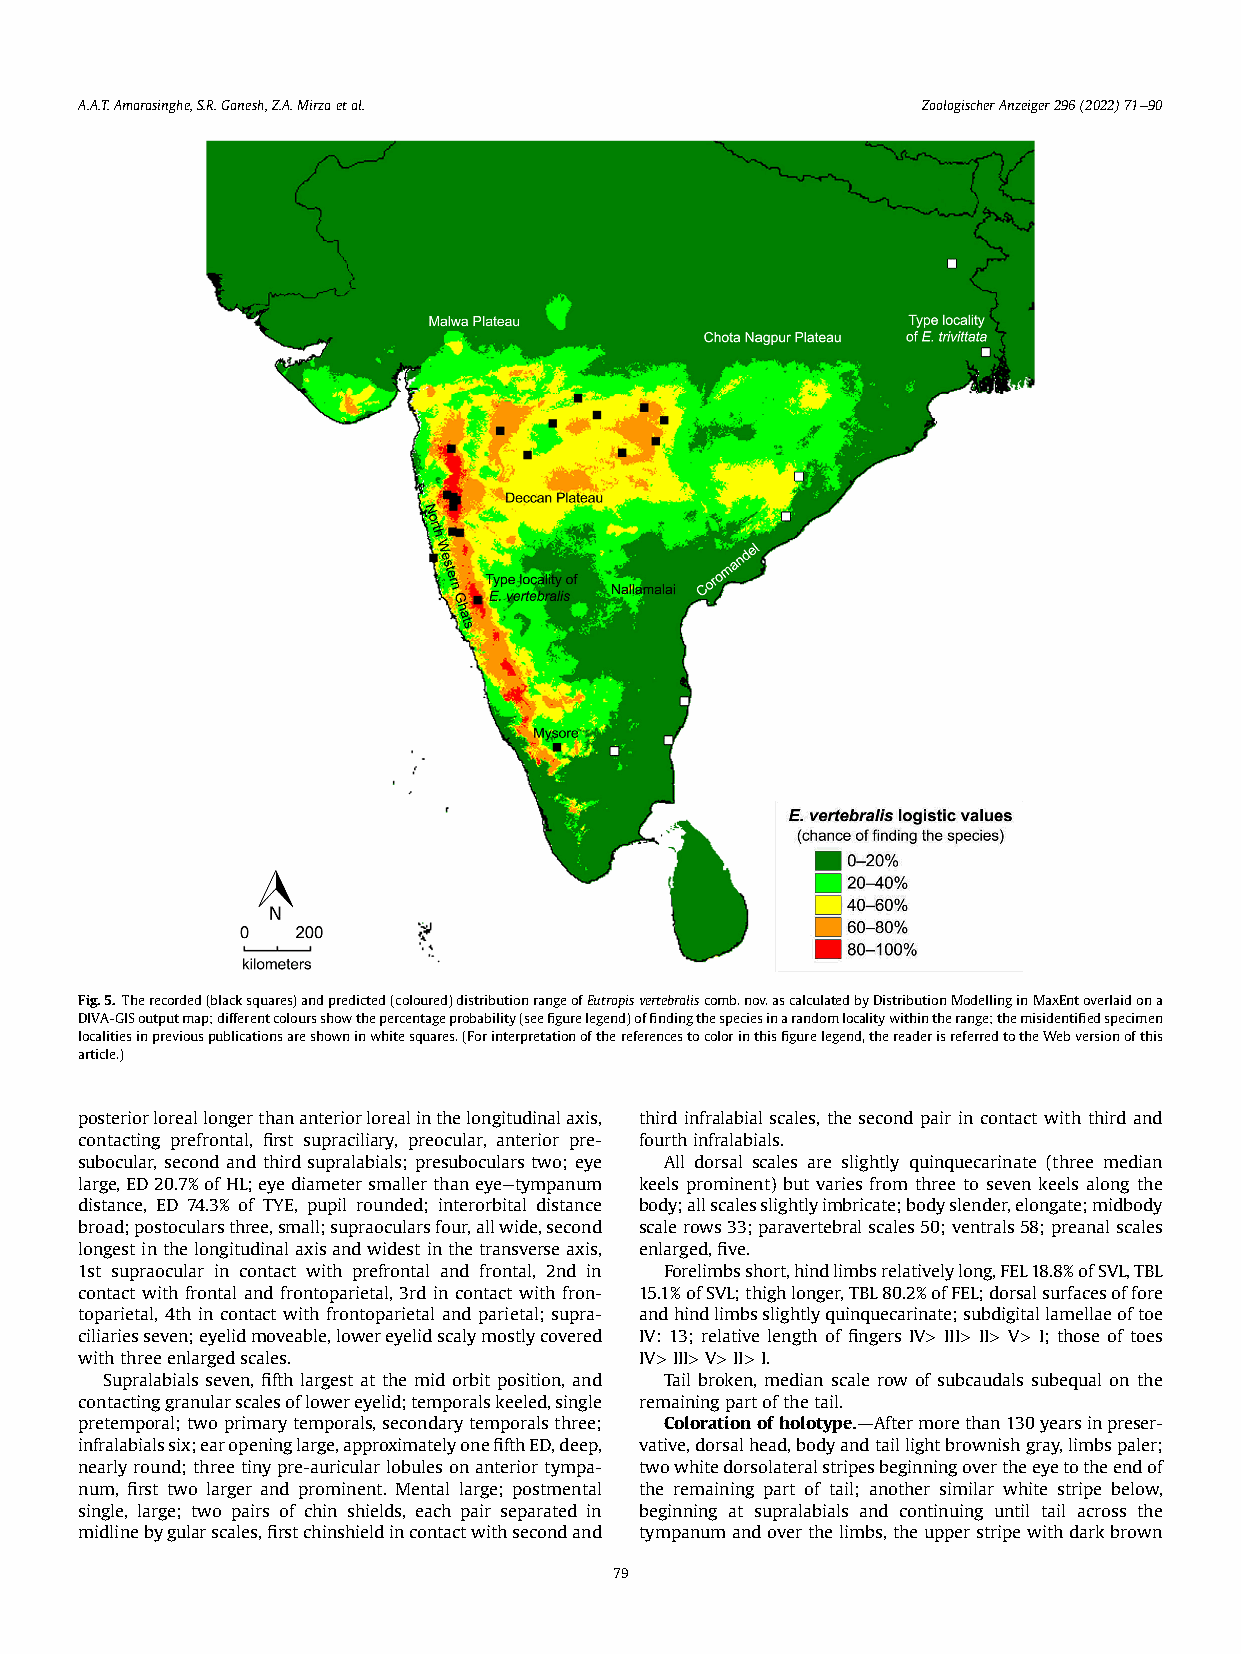
A.A.T.Amarasinghe,S.R.Ganesh,Z.A.Mirzaetal.             ZoologischerAnzeiger296(2022)71e90
 Fig.5. Therecorded(blacksquares)andpredicted(coloured)distributionrangeofEutropisvertebraliscomb.nov.ascalculatedbyDistributionModellinginMaxEntoverlaidona
 DIVA-GISoutputmap;differentcoloursshowthepercentageprobability(seefigurelegend)offindingthespeciesinarandomlocalitywithintherange;themisidentifiedspecimen
 localitiesinpreviouspublicationsareshowninwhitesquares.(Forinterpretationofthereferencestocolorinthisfigurelegend,thereaderisreferredtotheWebversionofthis
 article.)
 posteriorloreallongerthananteriorlorealinthelongitudinalaxis, third infralabial scales, the second pair in contact with third and
 contacting prefrontal, first supraciliary, preocular, anterior pre- fourthinfralabials.
 subocular, second and third supralabials; presuboculars two; eye All dorsal scales are slightly quinquecarinate (three median
 large,ED20.7%ofHL;eyediametersmallerthaneyeetympanum keels prominent) but varies from three to seven keels along the
 distance, ED 74.3% of TYE, pupil rounded; interorbital distance body;allscalesslightlyimbricate;bodyslender,elongate;midbody
 broad;postocularsthree,small;supraocularsfour,allwide,second scalerows33;paravertebralscales50;ventrals58;preanalscales
 longestinthelongitudinalaxisandwidestinthetransverseaxis, enlarged,five.
 1st supraocular in contact with prefrontal and frontal, 2nd in Forelimbsshort,hindlimbsrelativelylong,FEL18.8%ofSVL,TBL
 contact with frontal and frontoparietal, 3rd in contact with fron- 15.1%ofSVL;thighlonger,TBL80.2%ofFEL;dorsalsurfacesoffore
 toparietal, 4th in contact with frontoparietal and parietal; supra- andhindlimbsslightlyquinquecarinate;subdigitallamellaeoftoe
 ciliariesseven;eyelidmoveable,lowereyelidscalymostlycovered IV: 13; relative length of fingers IV> III> II> V> I; those of toes
 withthreeenlargedscales.             IV>III>V>II>I.
 Supralabials seven, fifth largest at the mid orbit position, and Tail broken, median scale row of subcaudals subequal on the
 contactinggranularscalesoflowereyelid;temporalskeeled,single remainingpartofthetail.
 pretemporal;twoprimarytemporals,secondarytemporalsthree; Colorationofholotype.dAftermorethan130yearsinpreser-
 infralabialssix;earopeninglarge,approximatelyonefifthED,deep, vative,dorsalhead,bodyandtaillightbrownishgray,limbspaler;
 nearlyround;threetinypre-auricularlobulesonanteriortympa- twowhitedorsolateralstripesbeginningovertheeyetotheendof
 num, first two larger and prominent. Mental large; postmental the remaining part of tail; another similar white stripe below,
 single, large; two pairs of chin shields, each pair separated in beginning at supralabials and continuing until tail across the
 midlinebygularscales,firstchinshieldincontactwithsecondand tympanumandoverthelimbs,theupperstripewithdarkbrown
 79